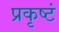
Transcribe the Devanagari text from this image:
प्रकृष्टं